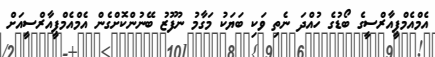
އެމްއެމްޕީއާރްސީގެ ބޯޑުގެ ހުއްދަ ނެތި ވަކި ބަޔަކު މަގާމު ނުފޫޒު ބޭނުންކޮށްގެން އެމްއެމްޕީއާރްސީއަށް